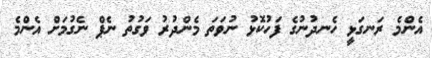
އެންމެ ރަނގަޅީ ހެނދުނުގެ ފަހުކޮޅު ނުވަތަ މެންދުރު ވަގުތު ނެޕް ނެގުމަށް އެންމެ